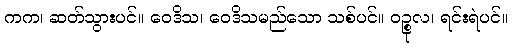
ကက၊ ဆတ်သွားပင်။ ဝေဒိသ၊ ဝေဒိသမည်သော သစ်ပင်။ ဝဉ္စုလ၊ ရင်းရဲပင်။